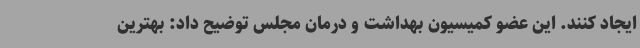
ایجاد کنند. این عضو کمیسیون بهداشت و درمان مجلس توضیح داد: بهترین